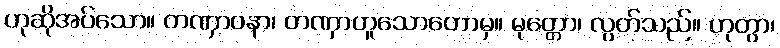
ဟုဆိုအပ်သော။ တဏှာဝနာ၊ တဏှာဟူသောတောမှ။ မုတ္တော၊ လွတ်သည်။ ဟုတွာ၊